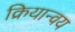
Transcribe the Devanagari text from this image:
क्रियान्वय